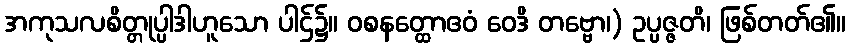
အကုသလစိတ္တုပ္ပါဒါဟူသော ပါဌ်၌။ ဝစနတ္ထောဧဝံ ဝေဒိ တဗ္ဗော၊) ဥပ္ပဇ္ဇတိ၊ ဖြစ်တတ်၏။